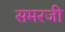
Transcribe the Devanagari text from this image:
समरजी